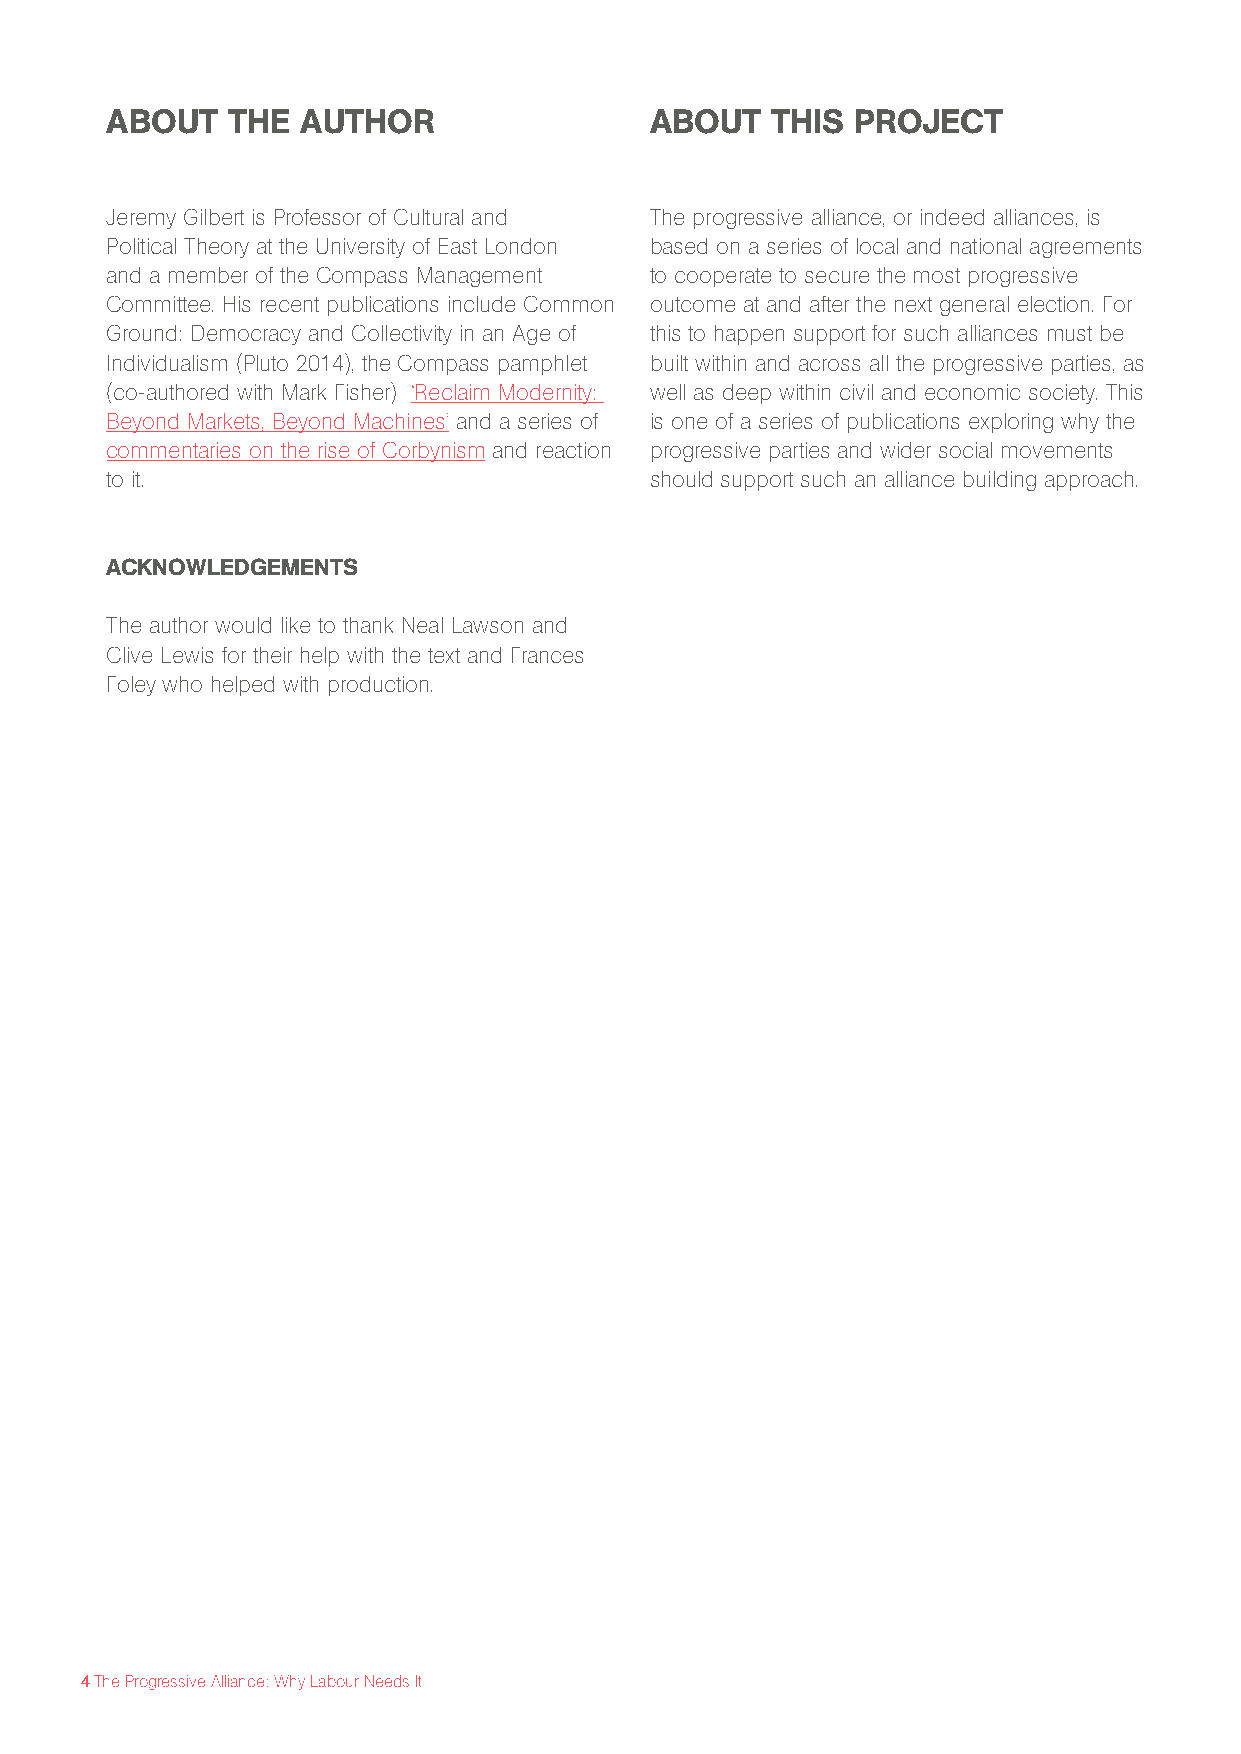
ABOUT   THE  AUTHOR                 ABOUT   THIS  PROJECT
 Jeremy Gilbert is Professor of Cultural and The progressive alliance, or indeed alliances, is
 Political Theory at the University of East London based on a series of local and national agreements
 and a member of the Compass Management to cooperate to secure the most progressive
 Committee. His recent publications include Common outcome at and after the next general election. For
 Ground: Democracy and Collectivity in an Age of this to happen support for such alliances must be
 Individualism (Pluto 2014), the Compass pamphlet built within and across all the progressive parties, as
 (co-authored with Mark Fisher) ‘Reclaim Modernity: well as deep within civil and economic society. This
 Beyond Markets, Beyond Machines’ and a series of is one of a series of publications exploring why the
 commentaries on the rise of Corbynism and reaction progressive parties and wider social movements
 to it.                              should support such an alliance building approach.
 ACKNOWLEDGEMENTS
 The author would like to thank Neal Lawson and
 Clive Lewis for their help with the text and Frances
 Foley who helped with production.
 4 The Progressive Alliance: Why Labour Needs It